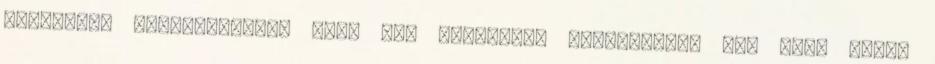
tartottam hangsúlyozni, mert nem adómérték növeléséről van szó. Tüttő